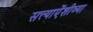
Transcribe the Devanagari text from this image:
सत्त्याऐंशीव्या